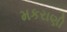
મકરાણી